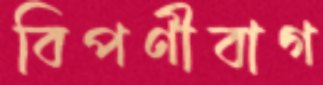
বিপণীবাগ